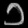
Digit: ၁